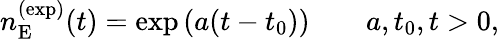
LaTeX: n_{\mathrm{E}}^{(\mathrm{exp})}(t)=\exp{\left(a(t-t_{0})\right)}\qquad a,t_{0},t>0,